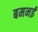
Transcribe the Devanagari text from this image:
बमनई